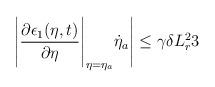
LaTeX: \begin{align*}\Bigg|\dfrac{\partial \epsilon_1(\eta,t)}{\partial \eta}\Bigg|_{\eta = \eta_a}\dot{\eta}_a \Bigg| \le \gamma \delta L_r^2 3\end{align*}